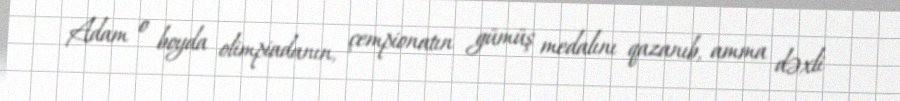
Adam o boyda olimpiadanın, çempionatın gümüş medalını qazanıb, amma dəxli